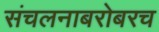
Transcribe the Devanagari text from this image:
संचलनाबरोबरच